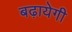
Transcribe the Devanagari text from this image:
बढ़ायेगी